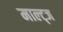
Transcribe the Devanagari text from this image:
माल्ट्ज